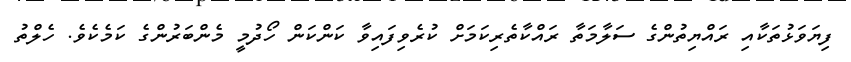
ފިޔަވަޅުތަކާއި ރައްޔިތުންގެ ސަލާމަތާ ރައްކާތެރިކަމަށް ކުރެވިފައިވާ ކަންކަން ހޯދުމީ މެންބަރުންގެ ކަމެކެވެ. ހެލްތު